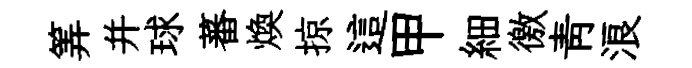
筭并球蕃煥掠這甲細徼靑浪